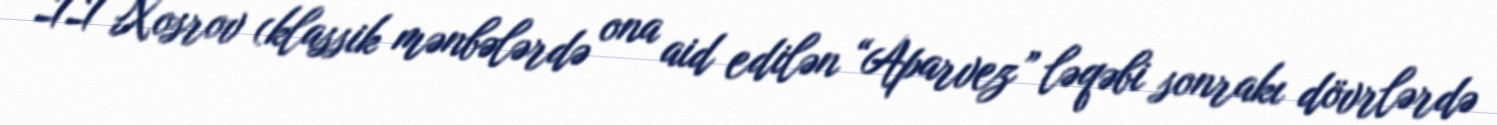
II Xosrov (klassik mənbələrdə ona aid edilən “Aparvez” ləqəbi sonrakı dövrlərdə